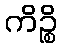
ကိဉ္စိ